Civil Veterinary Department Bihar & Orissa reports 1922-29 - 1922-1929
Year: 1922
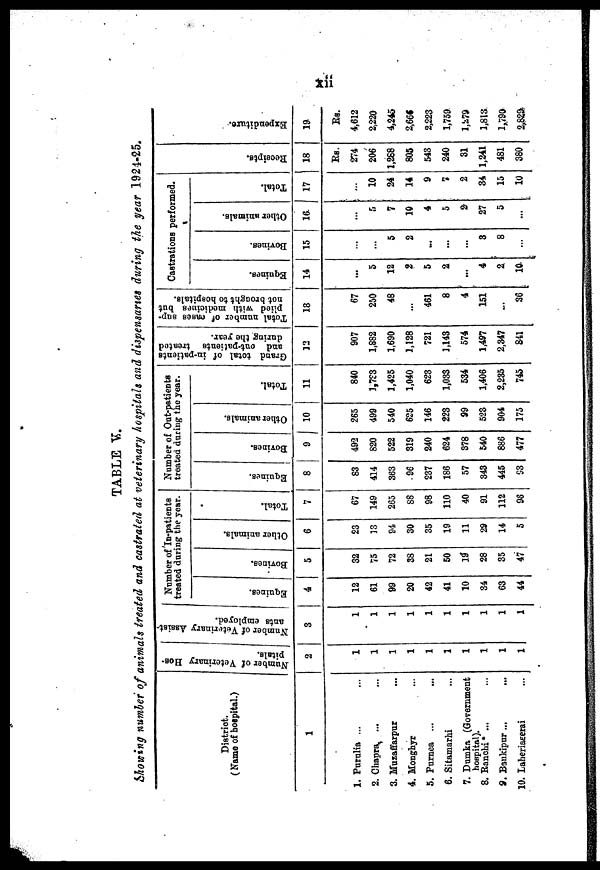
xii
TABLE V.
Showing number of animals treated and castrated at veterinary hospitals and dispensaries during the year 1924-25.
District.
( Name of hospital.)
1
1. Purulia ...
2. Chapra ...
3. Muzaffarpur
4. Monghyr
5. Purnea ...
6. Sitamarhi
7. Dumka (Government
hospital).
8. Banchi* ...
9, Baukipur...
10. Laheriaserai
Number
of Veterinary Hos-
pitals.
2
1
1
1
1
1
1
1
1
1
1
Number of Veterinary Assist-
ants employed.
3
1
1
1
1
1
1
1
1
1
1
Nnmber of In-patients
treated during the year.
Equi nes .
4
12
61
99
20
42
41
10
34
63
44
Bovi nes .
5
32
75
72
38
21
50
19
28
35
47
Other animals.
6
23
13
04
30
35
19
11
29
14
5
Total.
7
67
149
265
88
98
110
40
91
112
96
Number of Out-patients
treated during the year.
Equines.
8
83
414
363
96
237
186
57
343
445
93
Bovines.
9
492
820
522
319
240
624
378
540
886
477
Other animals.
10
265
499
540
625
146
223
99
523
904
175
Total.
11
840
1,723
1,425
1,040
623
1,033
534
1,406
2,235
745
Grand total of in-patients
and out-patients treated ,
during the year.
12
907
1,882
1,690
1,128
721
1,143
574
1,497
2,347
841
Total number of oases sup-
plied with medicines but
not brought to hospitals.
13
67
250
48
...
461
8
4
151
...
36
Castrations performed.
Equines.
14
...
5
12
2
5
2
...
4
2
10
Bovines.
15
...
...
5
2
...
...
...
3
8
...
Other animals.
16
...
5
7
10
4
5
2
27
5
...
Total.
17
...
10
24
14
9
7
2
34
15
10
Receipts.
18
Rs.
274
206
1,288
805
543
240
31
1,241
481
380
Expenditure.
19
Rs.
4,612
2,220
4,245
2,666
2,223
1,759
1,279
1,813
1,790
2,829